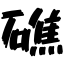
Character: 礁